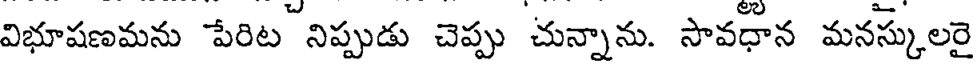
విభూషణమను పేరిట నిప్పుడు చెప్పు చున్నాను. సావధాన మనస్కులరై